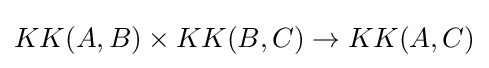
KK(A,B)\times KK(B,C)\rightarrow KK(A,C)